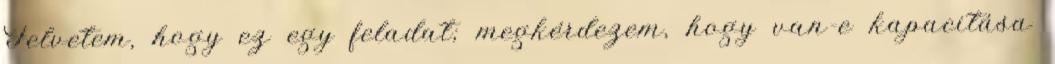
Felvetem, hogy ez egy feladat; megkérdezem, hogy van-e kapacitása